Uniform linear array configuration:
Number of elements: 48
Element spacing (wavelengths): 1
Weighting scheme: blackman
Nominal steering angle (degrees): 45
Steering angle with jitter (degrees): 44.567
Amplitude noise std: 0.05
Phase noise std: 0.05

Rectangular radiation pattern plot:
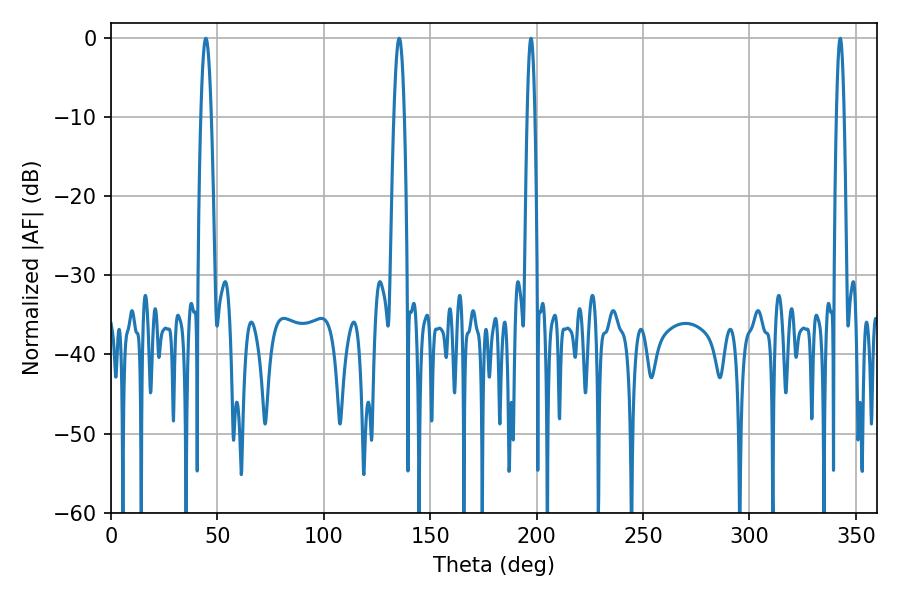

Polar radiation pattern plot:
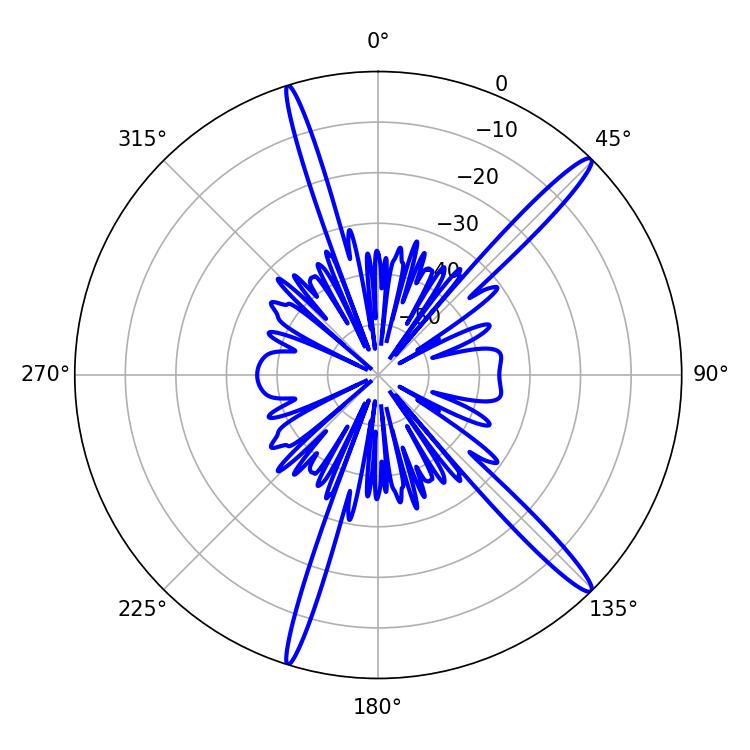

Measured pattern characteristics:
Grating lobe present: TRUE
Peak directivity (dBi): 16.06
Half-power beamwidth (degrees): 2.7
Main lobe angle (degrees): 44.64